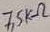
Text: 7,5KΩ